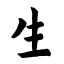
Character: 生